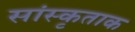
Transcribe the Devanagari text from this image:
सांस्कृताक